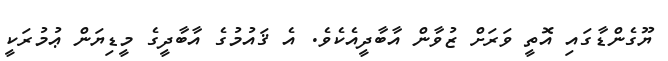
ޔޫގެންޑާގައި އޮތީ ވަރަށް ޒުވާން އާބާދީއެކެވެ. އެ ޤައުމުގެ އާބާދީގެ މީޑިޔަން ޢުމުރަކީ